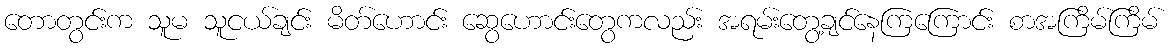
တောတွင်းက သူမ သူငယ်ချင်း မိတ်ဟောင်း ဆွေဟောင်းတွေကလည်း အရမ်းတွေ့ချင်နေကြကြောင်း စာအကြိမ်ကြိမ်